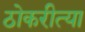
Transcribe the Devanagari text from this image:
ठोकरीत्या